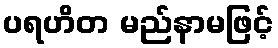
ပရဟိတ မည်နာမဖြင့်